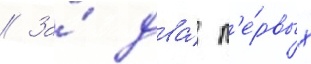
// За́ два́ п'е́рвых